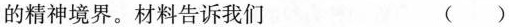
的精神境界。材料告诉我们 ()